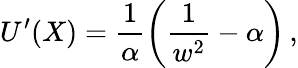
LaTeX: U^{\prime}(X)=\frac 1\alpha\left(\frac 1{w^{2}}-\alpha\right)\, ,